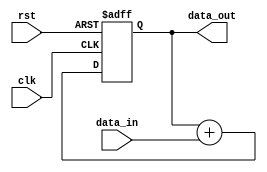
module fixed_point_accumulator 
  #(
    parameter integer_bits = 8, // Number of bits for integer part
    parameter fractional_bits = 8 // Number of bits for fractional part
  )
  (
    input wire clk, // Clock signal
    input wire rst, // Reset signal
    input wire [integer_bits + fractional_bits - 1:0] data_in, // Input data
    output wire [integer_bits + fractional_bits - 1:0] data_out // Output data
  );

  reg [integer_bits + fractional_bits - 1:0] accumulator; // Register for accumulator value

  always @(posedge clk or posedge rst) begin
    if (rst) begin
      accumulator <= 0;
    end else begin
      accumulator <= accumulator + data_in;
    end
  end

  assign data_out = accumulator;

endmodule